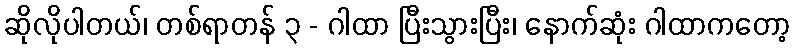
ဆိုလိုပါတယ်၊ တစ်ရာတန် ၃ - ဂါထာ ပြီးသွားပြီး၊ နောက်ဆုံး ဂါထာကတော့